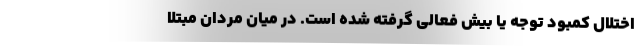
اختلال کمبود توجه یا بیش فعالی گرفته‌ شده است. در میان مردان مبتلا